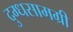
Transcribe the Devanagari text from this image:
दुग्धसामग्री